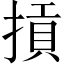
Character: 摃